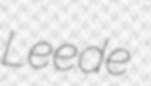
Leede